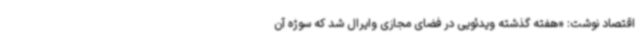
اقتصاد نوشت: «هفته گذشته ویدئویی در فضای مجازی وایرال شد که سوژه آن